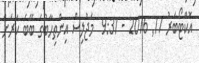
އޮކްޓޯބަރު 17